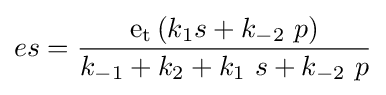
es={\frac {\mathrm {e_{t}} \left(k_{1}s+k_{-2}\ p\right)}{k_{-1}+k_{2}+k_{1}\ s+k_{-2}\ p}}